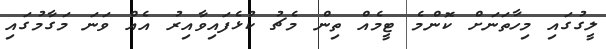
ލީގުގައި މިހާތަނަށް ކޮންމެ ޓީމެއް ތިން މެޗު ކުޅެފައިވާއިރު އެއް ވަނަ މަގާމުގައި